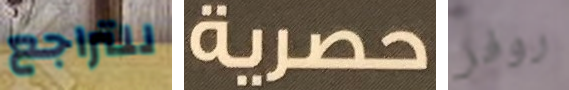
للتراجع حصرية روفر